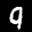
Label: 9